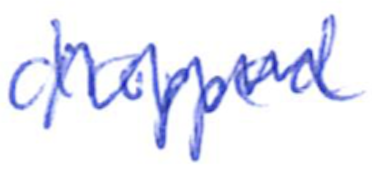
Text: dropped
Cross-out: zig-zag
Writing tool: ballpoint